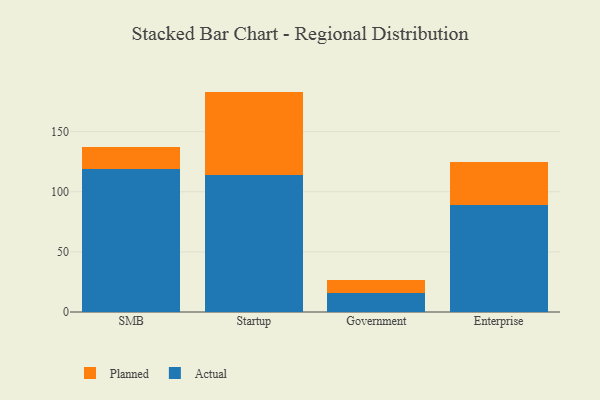
{"axis": {"x": "Segment", "y": "Inventory Turnover"}, "legend": ["Actual", "Planned"], "data": [{"x": "SMB", "y": 118.7, "type": "Actual"}, {"x": "SMB", "y": 18.9, "type": "Planned"}, {"x": "Startup", "y": 113.8, "type": "Actual"}, {"x": "Startup", "y": 69.5, "type": "Planned"}, {"x": "Government", "y": 15.9, "type": "Actual"}, {"x": "Government", "y": 10.4, "type": "Planned"}, {"x": "Enterprise", "y": 89.2, "type": "Actual"}, {"x": "Enterprise", "y": 35.2, "type": "Planned"}]}